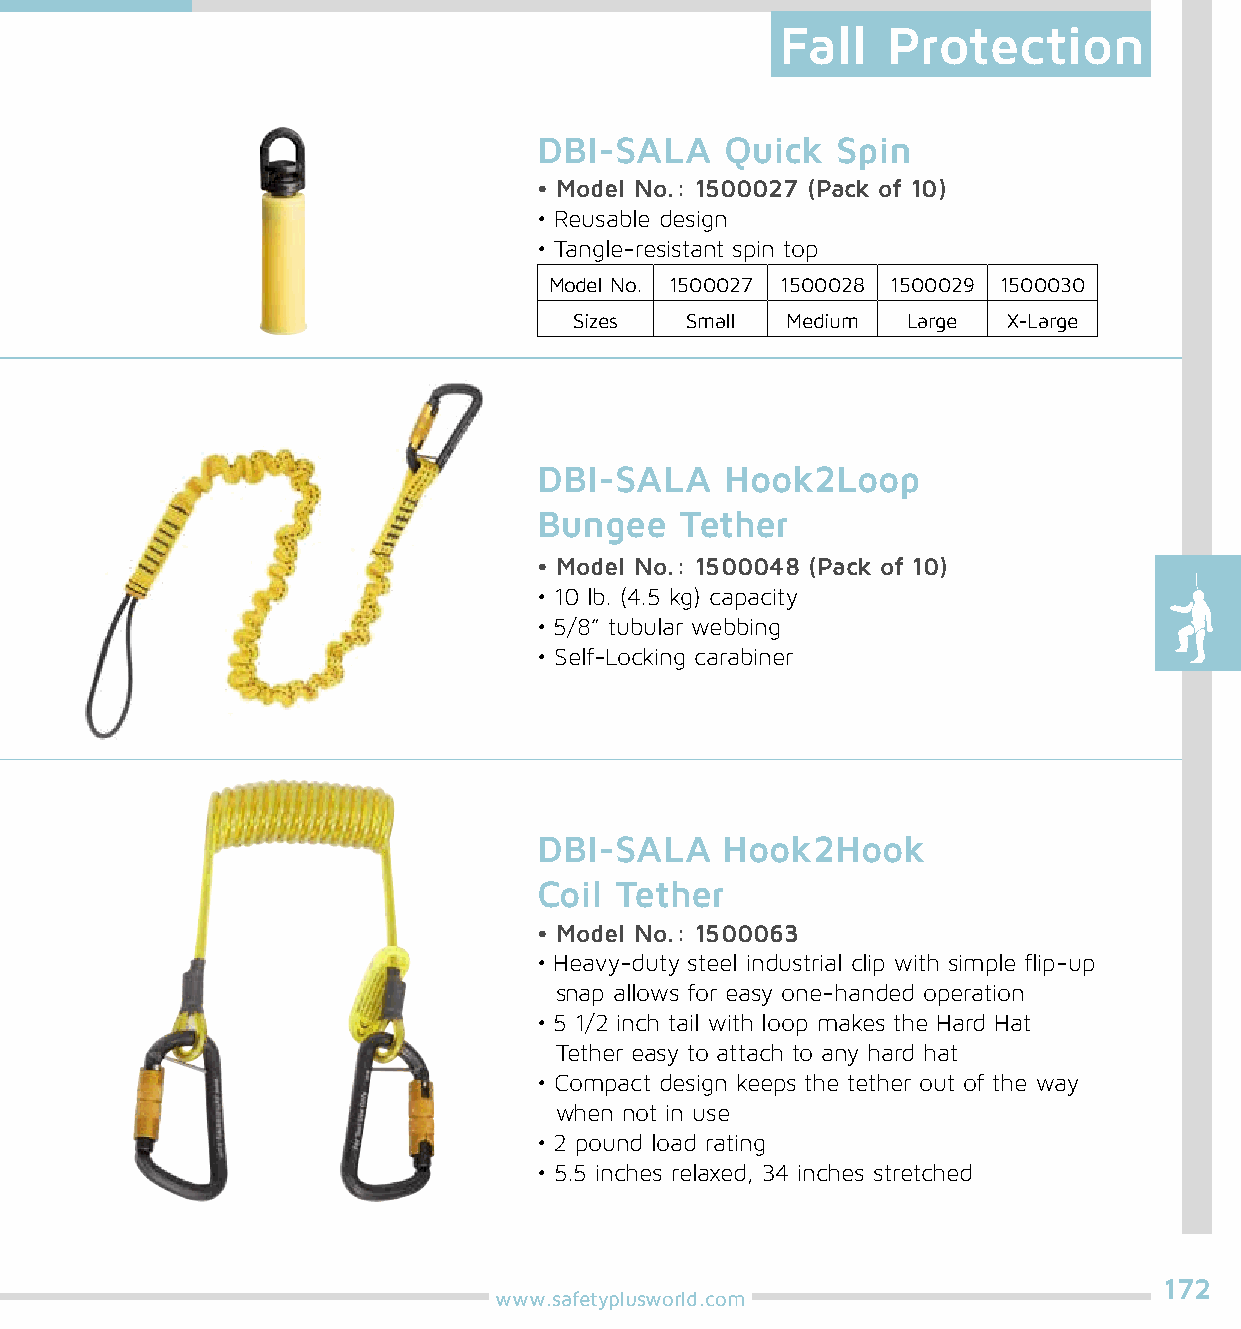
Fall   Protection
 DBI-SALA    Quick  Spin
 • Model No.: 1500027 (Pack of 10)
 • Reusable design
 • Tangle-resistant spin top
 Model No. 1500027 1500028 1500029 1500030
 Sizes  Small  Medium  Large  X-Large
 DBI-SALA    Hook2Loop
 Bungee   Tether
 • Model No.: 1500048 (Pack of 10)
 • 10 lb. (4.5 kg) capacity
 • 5/8” tubular webbing
 • Self-Locking carabiner
 DBI-SALA    Hook2Hook
 Coil Tether
 • Model No.: 1500063
 • Heavy-duty steel industrial clip with simple flip-up
 snap allows for easy one-handed operation
 • 5 1/2 inch tail with loop makes the Hard Hat
 Tether easy to attach to any hard hat
 • Compact design keeps the tether out of the way
 when not in use
 • 2 pound load rating
 • 5.5 inches relaxed, 34 inches stretched
 172
 www.safetyplusworld.com